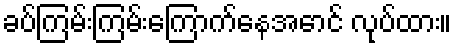
ခပ်ကြမ်းကြမ်းကြောက်နေအောင် လုပ်ထား။